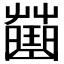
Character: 𧀍